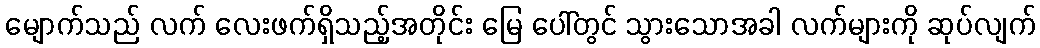
မျောက်သည် လက် လေးဖက်ရှိသည့်အတိုင်း မြေ ပေါ်တွင် သွားသောအခါ လက်များကို ဆုပ်လျက်